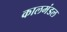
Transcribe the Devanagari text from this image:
कालमंडल